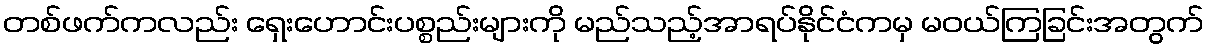
တစ်ဖက်ကလည်း ရှေးဟောင်းပစ္စည်းများကို မည်သည့်အာရပ်နိုင်ငံကမှ မဝယ်ကြခြင်းအတွက်